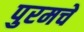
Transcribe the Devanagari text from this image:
पुरमचे